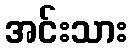
အင်းသား